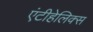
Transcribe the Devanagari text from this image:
एंटीहेलिक्स